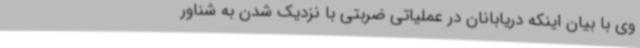
وی با بیان اینکه دریابانان در عملیاتی ضربتی با نزدیک شدن به شناور